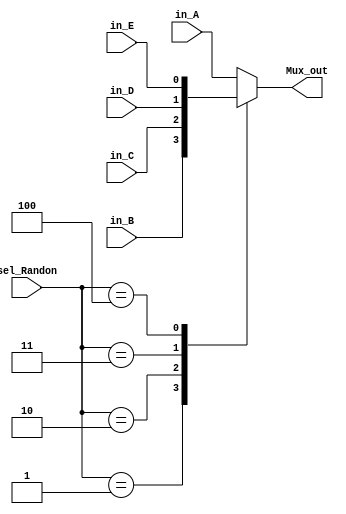
module Mux5to1_forRandon(
    input  in_A,
    input  in_B,
    input  in_C,
    input  in_D,
    input  in_E,
    input [2:0] sel_Randon,
    output Mux_out
    );

reg  Mux_out;

always @(sel_Randon)begin
		case(sel_Randon)
			3'd0 : Mux_out = in_A;
			3'd1 : Mux_out = in_B;
			3'd2 : Mux_out = in_C;
			3'd3 : Mux_out = in_D;
			3'd4 : Mux_out = in_E;
			default : Mux_out = in_A;
		endcase
end    
    
endmodule